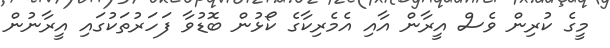
މީގެ ކުރިން ވެސް އީރާން އާއި އެމެރިކާގެ ކޯޅުން ބޮޑުވާ ފަހަރުތަކުގައި އީރާނުން